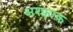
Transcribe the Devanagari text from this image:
अश्फ़ाक